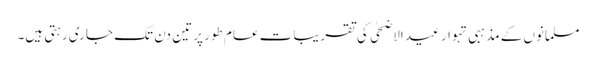
مسلمانوں کے مذہبی تہوار عید الاضحٰی کی تقریبات عام طور پر تین دن تک جاری رہتی ہیں۔